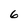
Character: 6